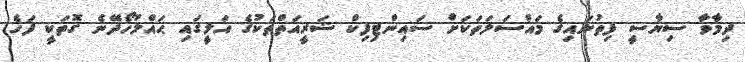
ދިމާވާ ސިޔާސީ ފިތުނައިގެ މައްސަލަތަކަށް ސައިންޓިފިކް ޝަރީއަތްތަކުގެ އަލީގައި ޙައްލުހޯދޭނެ ގޮތަކީ ފަހެ